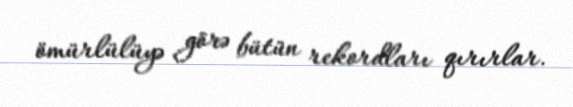
ömürlülüyə görə bütün rekordları qırırlar.